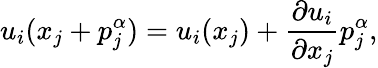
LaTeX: u_{i}(x_{j}+p_{j}^{\alpha})=u_{i}(x_{j})+\frac{\partial u_{i}}{\partial x_{j}}p_{j}^{\alpha},